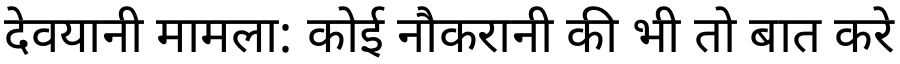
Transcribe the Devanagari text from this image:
देवयानी मामला: कोई नौकरानी की भी तो बात करे